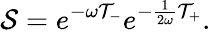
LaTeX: {\cal S}=e^{-\omega{\cal T}_{-}}e^{-\frac{1}{2\omega}{\cal T}_{+}}.